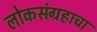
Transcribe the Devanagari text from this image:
लोकसंग्रहाचा